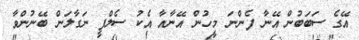
އޭގެ ސަބަބުން އޭނާ ފެންނަ މީހުން އޭނާއާ އެކު ސެލްފީ ނަގާލަން ބޭނުންވާ